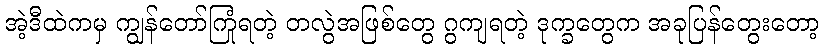
အဲ့ဒီထဲကမှ ကျွန်တော်ကြုံရတဲ့ တလွဲအဖြစ်တွေ ဂွကျရတဲ့ ဒုက္ခတွေက အခုပြန်တွေးတော့